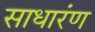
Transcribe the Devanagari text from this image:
साधारंण